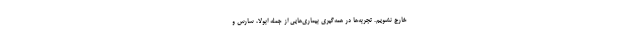
خارج نشویم. تجربه‌ها در همه‌گیری بیماری‌هایی از جمله ابولا، سارس و